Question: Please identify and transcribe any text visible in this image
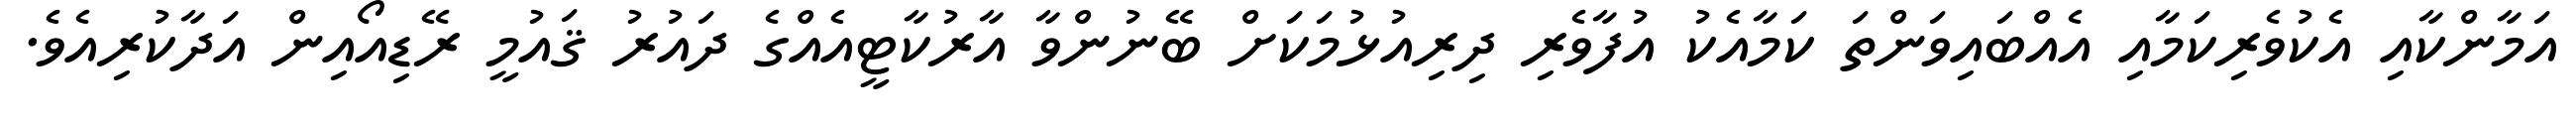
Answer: އަމާންކާއި އެކުވެރިކަމާއި އެއްބައިވަންތަ ކަމާއެކު އުފާވެރި ދިރިއުޅުމަކަށް ބޭނުންވާ އާރުކާޓީއެއްގެ ދައުރު ޤައުމީ ރޭޑިއޯއިން އަދާކުރިއެވެ.